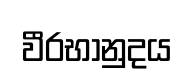
වීරභානුදය